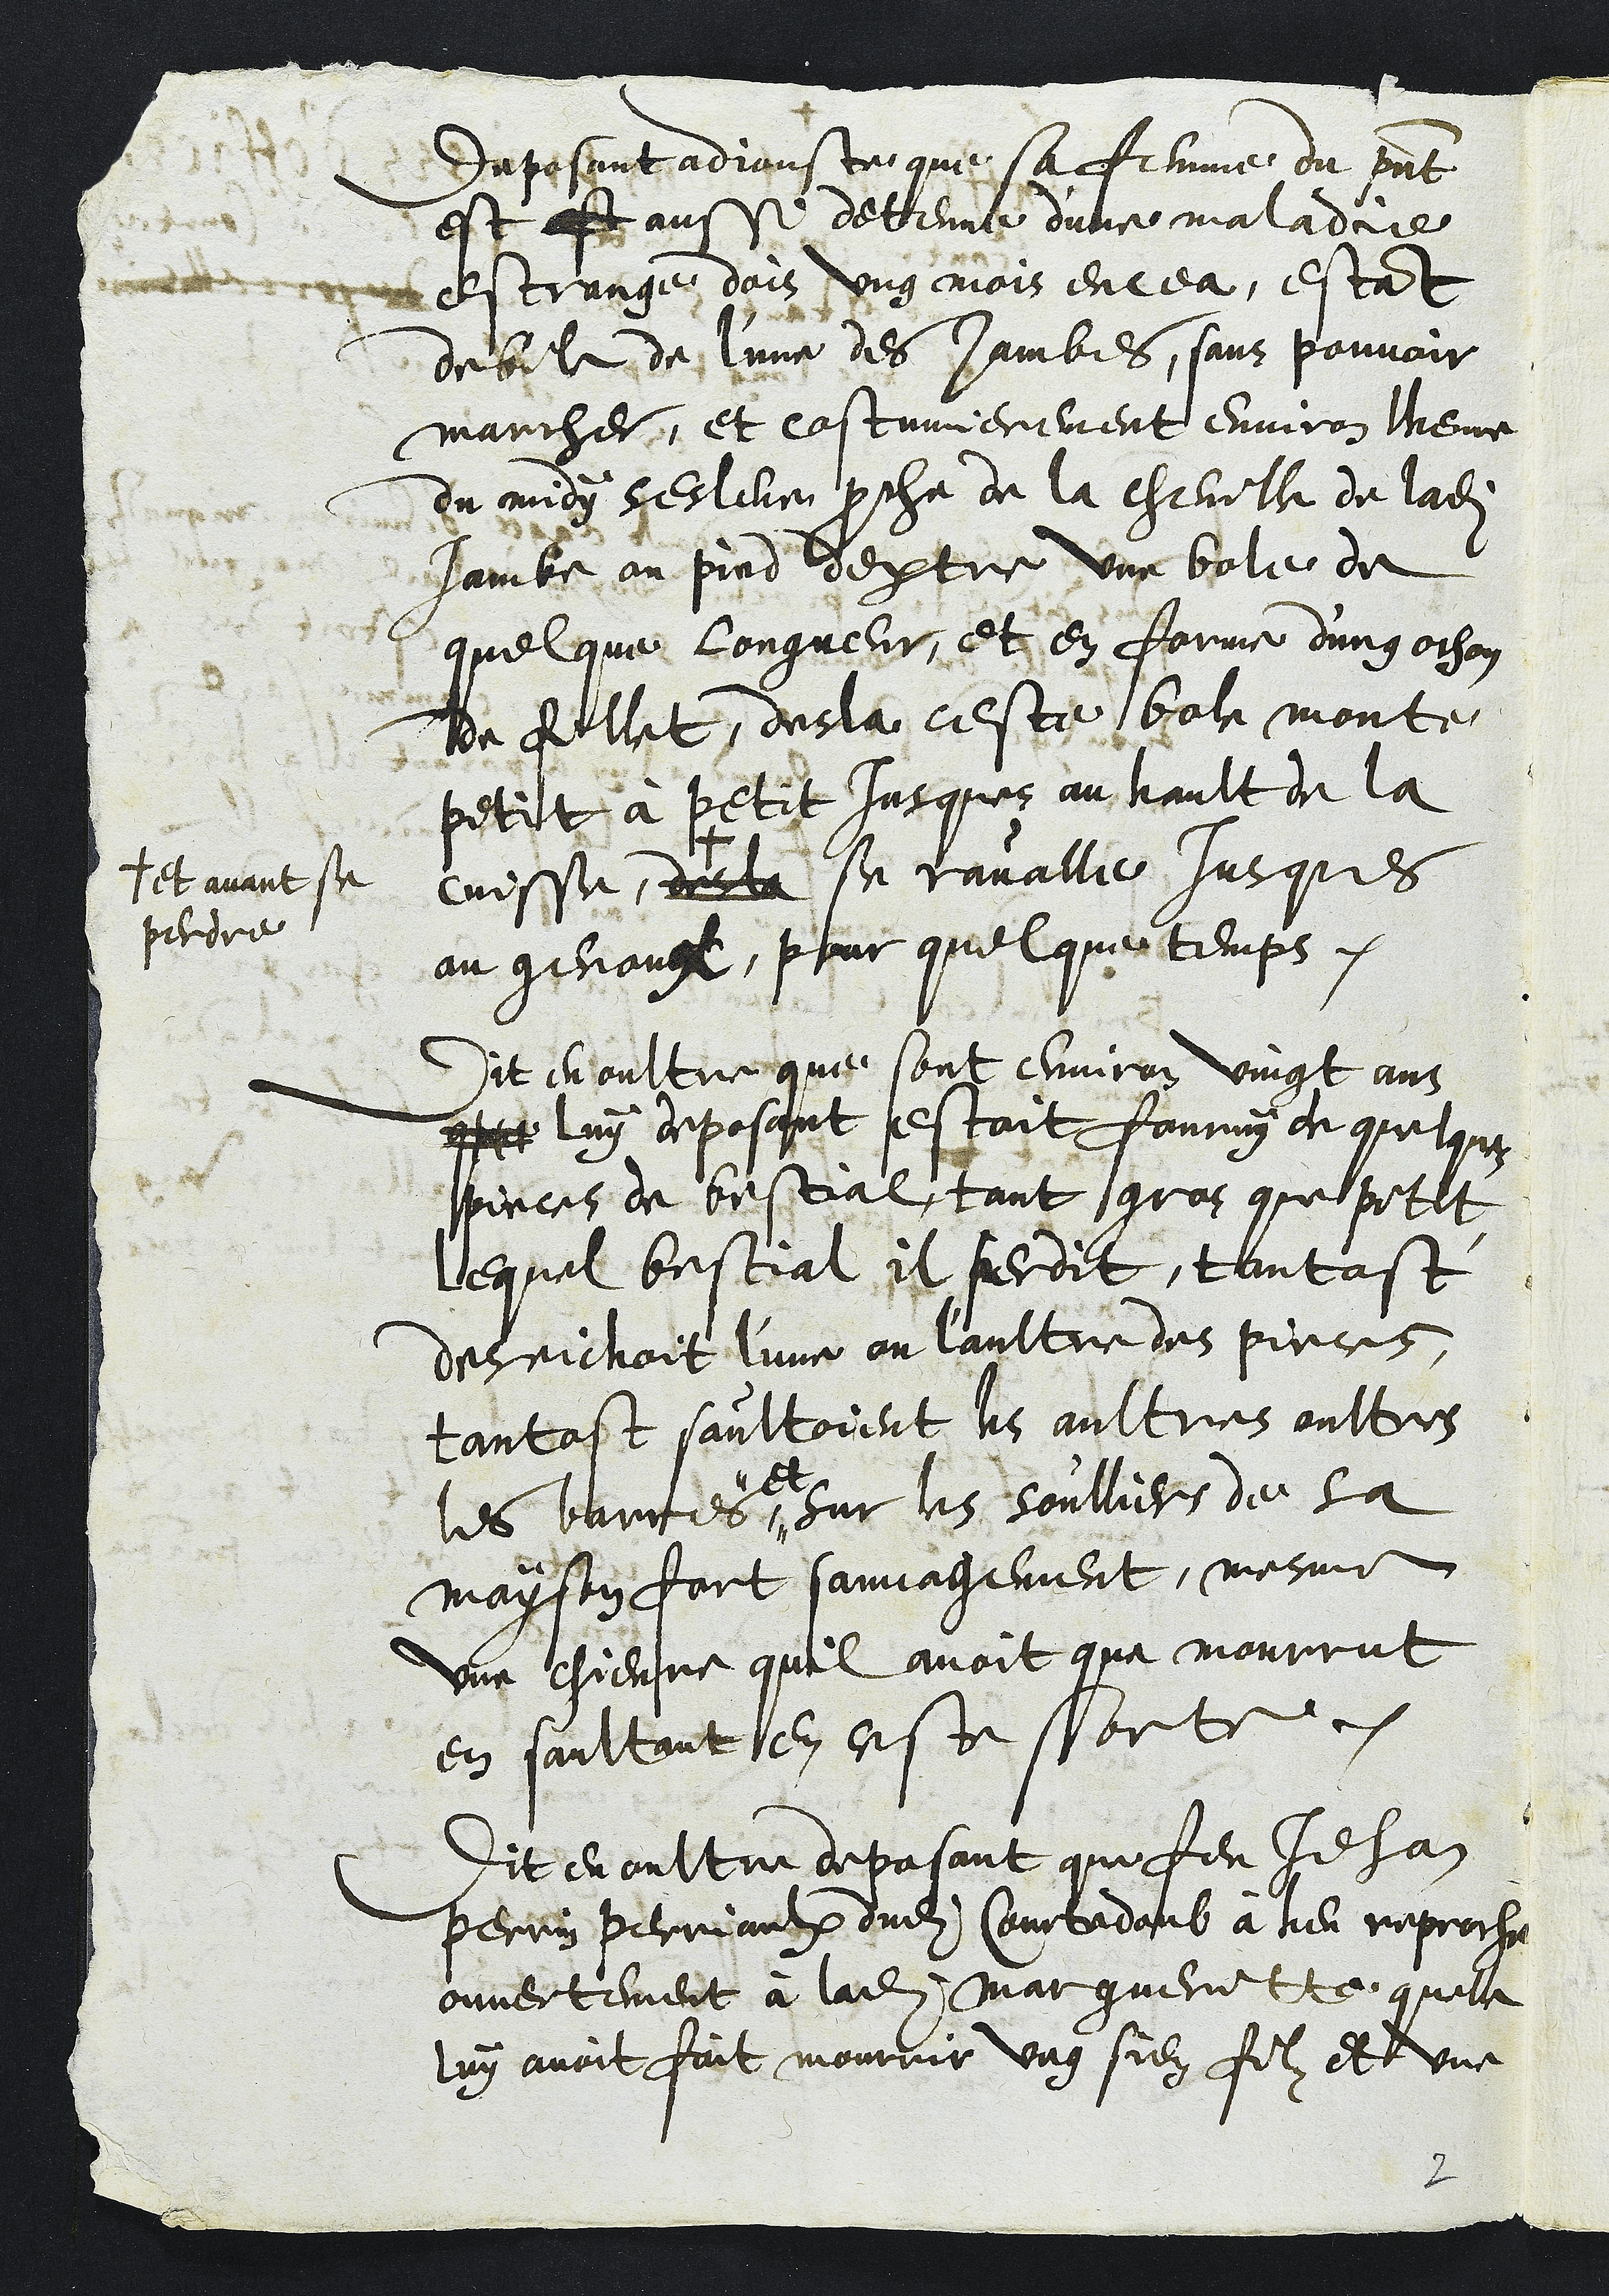
deposant adjouste cque sa femme du present
est est aussi detenue d'une maladie
estrange dois ung mois encea, estant
debile de l'une des jambes, sans pouvoir
marcher, et costumierement environ lheure
du midy sesleve proche de la cheville de ladite
Jambe au pied dextre ung bole de
quelque longueur et en forme d'ung ochon
de fillet, desla ceste bole monte
petit à petit Jusques au hault de la
cuisse,
+
+ et avant se
perdre
desla se ravalle Jusques
au genoux, pour quelque temps.
Dit en oultre que sont environ vingt ans
que luy deposant estoit fourny de quelques
pieces de bestial tant gros que petit
lequel bestial il perdit, tantost
deseichoit l'une ou l'aultre des pieces,
tantost saultoient les aultres oultres
les barres ,,
,, et
sur les soulliers de sa
maison fort sauvagement, mesme
une chievre quil avoit que mourrut
en saultant en ceste sorte.
Dit en oultre deposant que feu Jehan
Perrin Perriaulx dudit Courtedoub à heu reproche
ouvertement à ladite Margueritte quelle
luy avoit fait mourir ung sien filz et une